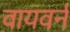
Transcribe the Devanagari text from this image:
वायवर्न